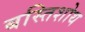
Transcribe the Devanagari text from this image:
बस्तिशोथ